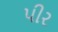
પીર